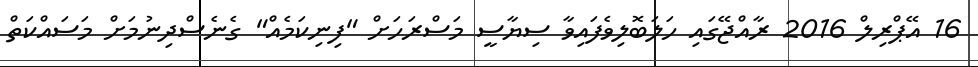
16 އޭޕްރިލް 2016 ރާއްޖޭގައި ހަލަބޮލިވެފައިވާ ސިޔާސީ މަސްރަހަށް "ފިނިކަމެއް" ގެނެސްދިނުމަށް މަސައްކަތް